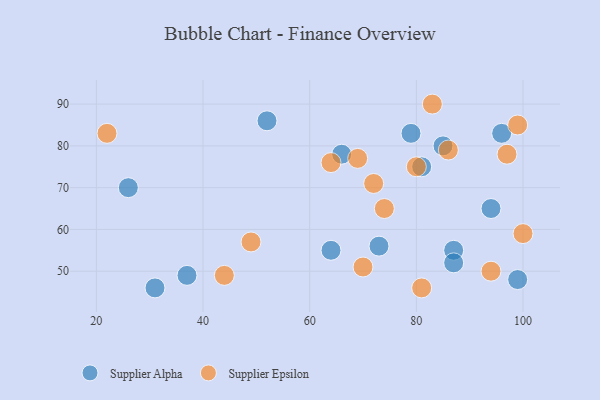
{"axis": {"x": "GDP", "y": "Life Expectancy"}, "legend": ["Supplier Alpha", "Supplier Epsilon"], "data": [{"x": "94", "y": 65, "type": "Supplier Alpha"}, {"x": "31", "y": 46, "type": "Supplier Alpha"}, {"x": "52", "y": 86, "type": "Supplier Alpha"}, {"x": "87", "y": 55, "type": "Supplier Alpha"}, {"x": "37", "y": 49, "type": "Supplier Alpha"}, {"x": "26", "y": 70, "type": "Supplier Alpha"}, {"x": "73", "y": 56, "type": "Supplier Alpha"}, {"x": "81", "y": 75, "type": "Supplier Alpha"}, {"x": "85", "y": 80, "type": "Supplier Alpha"}, {"x": "87", "y": 52, "type": "Supplier Alpha"}, {"x": "64", "y": 55, "type": "Supplier Alpha"}, {"x": "96", "y": 83, "type": "Supplier Alpha"}, {"x": "66", "y": 78, "type": "Supplier Alpha"}, {"x": "99", "y": 48, "type": "Supplier Alpha"}, {"x": "79", "y": 83, "type": "Supplier Alpha"}, {"x": "49", "y": 57, "type": "Supplier Epsilon"}, {"x": "70", "y": 51, "type": "Supplier Epsilon"}, {"x": "72", "y": 71, "type": "Supplier Epsilon"}, {"x": "22", "y": 83, "type": "Supplier Epsilon"}, {"x": "74", "y": 65, "type": "Supplier Epsilon"}, {"x": "80", "y": 75, "type": "Supplier Epsilon"}, {"x": "44", "y": 49, "type": "Supplier Epsilon"}, {"x": "64", "y": 76, "type": "Supplier Epsilon"}, {"x": "99", "y": 85, "type": "Supplier Epsilon"}, {"x": "69", "y": 77, "type": "Supplier Epsilon"}, {"x": "94", "y": 50, "type": "Supplier Epsilon"}, {"x": "97", "y": 78, "type": "Supplier Epsilon"}, {"x": "81", "y": 46, "type": "Supplier Epsilon"}, {"x": "86", "y": 79, "type": "Supplier Epsilon"}, {"x": "83", "y": 90, "type": "Supplier Epsilon"}, {"x": "100", "y": 59, "type": "Supplier Epsilon"}]}